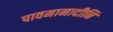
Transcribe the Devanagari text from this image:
पावमानादीनि